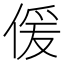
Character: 𠋠